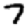
Digit: 7